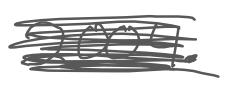
Text: 2004.
Cross-out: scratch
Writing tool: digital_gray